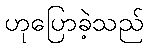
ဟုပြောခဲ့သည်